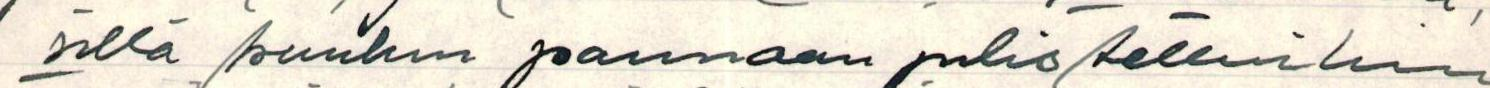
sillä kuuhun pannaan julistettuihin